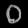
Digit: ၀